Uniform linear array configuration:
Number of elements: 8
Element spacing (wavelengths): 1
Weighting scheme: binomial
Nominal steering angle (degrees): -60
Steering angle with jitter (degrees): -59.586
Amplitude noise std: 0.05
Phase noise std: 0.05

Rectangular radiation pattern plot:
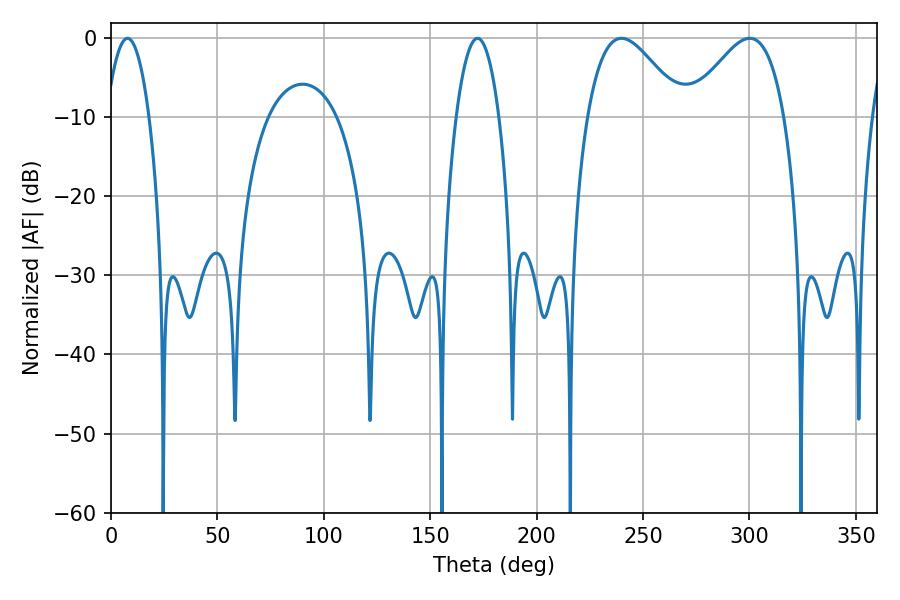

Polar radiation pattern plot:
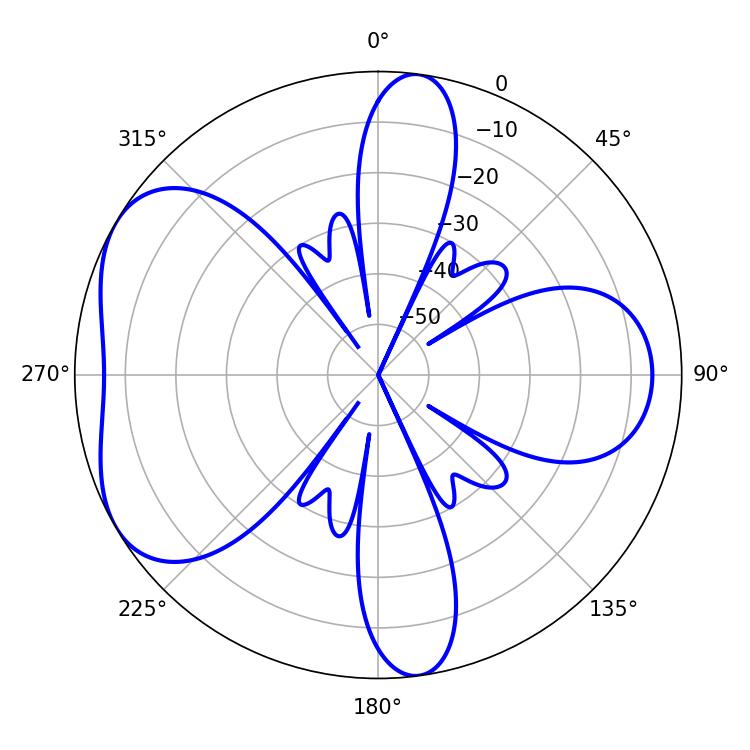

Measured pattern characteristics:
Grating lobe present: TRUE
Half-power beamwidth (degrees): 11.16
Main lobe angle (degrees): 7.74